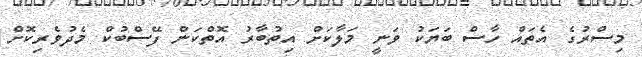
މިސްރުގެ އެތައް ހާސް ބަަޔަކު ވަނީ މަލާކަށް އިތުބާރު އޮތްކަން ފޭސްބުކް މެދުވެރިކޮށް